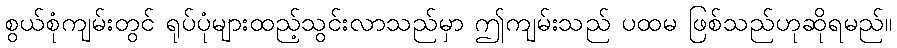
စွယ်စုံကျမ်းတွင် ရုပ်ပုံများထည့်သွင်းလာသည်မှာ ဤကျမ်းသည် ပထမ ဖြစ်သည်ဟုဆိုရမည်။